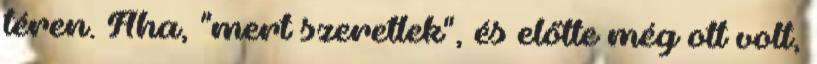
téren. Aha, "mert szeretlek", és előtte még ott volt,